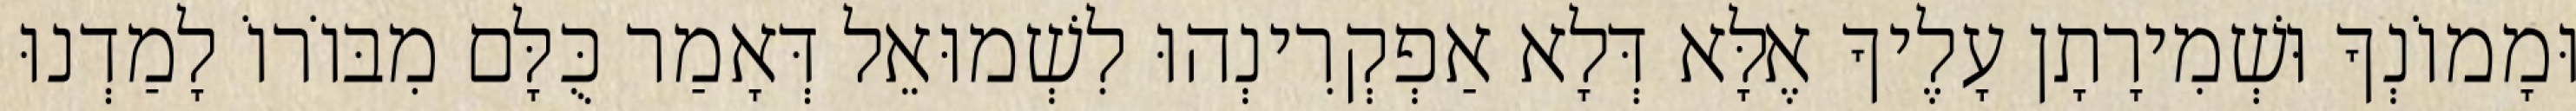
וּמָמוֹנְךָ וּשְׁמִירָתָן עָלֶיךָ אֶלָּא דְּלָא אַפְקְרִינְהוּ לִשְׁמוּאֵל דְּאָמַר כֻּלָּם מִבּוֹרוֹ לָמַדְנוּ